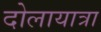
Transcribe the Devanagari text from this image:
दोलायात्रा